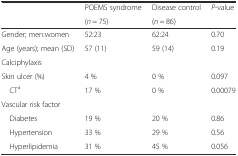
|  | POEMS syndrome | Disease control | P-value |
 |  | (n = 75) | (n = 86) |  |
 | --- | --- | --- | --- |
 | Gender; men:women | 52:23 | 62:24 | 0.70 |
 | Age (years); mean (SD) | 57 (11) | 59 (14) | 0.19 |
 | Calciphylaxis |  |  |  |
 | Skin ulcer (%) | 4 % | 0 % | 0.097 |
 | CTa | 17 % | 0 % | 0.00079 |
 | Vascular risk factor |  |  |  |
 | Diabetes | 19 % | 20 % | 0.86 |
 | Hypertension | 33 % | 29 % | 0.56 |
 | Hyperlipidemia | 31 % | 45 % | 0.056 |